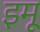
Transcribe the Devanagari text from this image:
इमू